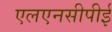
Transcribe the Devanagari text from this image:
एलएनसीपीई